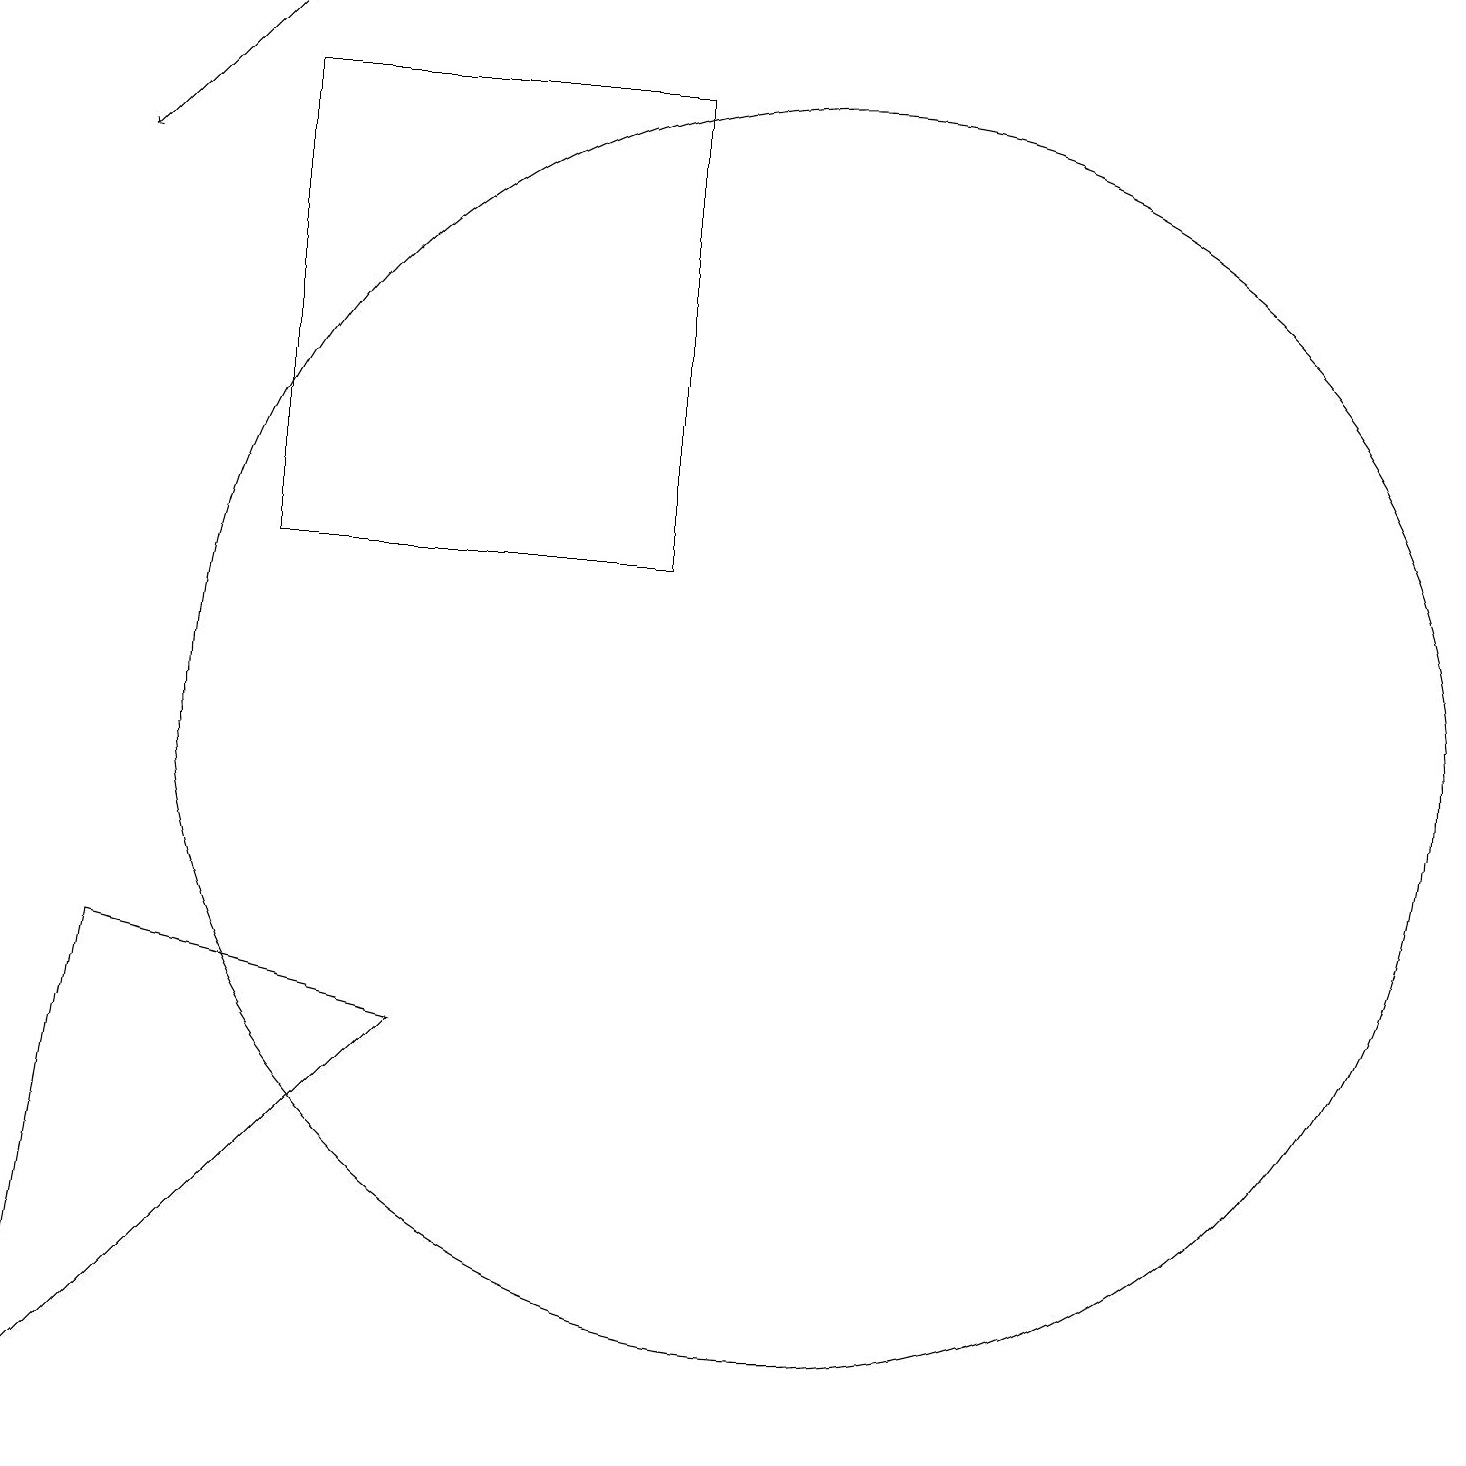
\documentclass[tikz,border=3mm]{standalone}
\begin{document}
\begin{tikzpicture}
\draw (0,1) -- (1,7) -- (5,6) -- cycle;
\draw (10,10) circle (8);
\draw[->] (3,19) -- (1,17);
\draw (8,12) rectangle (3,18);
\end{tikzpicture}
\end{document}